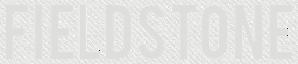
FIELDSTONE